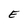
Character: E